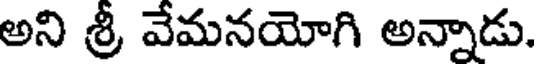
అని శ్రీ వేమనయోగి అన్నాడు.